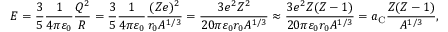
E = { \frac { 3 } { 5 } } { \frac { 1 } { 4 \pi \varepsilon _ { 0 } } } { \frac { Q ^ { 2 } } { R } } = { \frac { 3 } { 5 } } { \frac { 1 } { 4 \pi \varepsilon _ { 0 } } } { \frac { ( Z e ) ^ { 2 } } { r _ { 0 } A ^ { 1 / 3 } } } = { \frac { 3 e ^ { 2 } Z ^ { 2 } } { 2 0 \pi \varepsilon _ { 0 } r _ { 0 } A ^ { 1 / 3 } } } \approx { \frac { 3 e ^ { 2 } Z ( Z - 1 ) } { 2 0 \pi \varepsilon _ { 0 } r _ { 0 } A ^ { 1 / 3 } } } = a _ { \mathrm { C } } { \frac { Z ( Z - 1 ) } { A ^ { 1 / 3 } } } ,